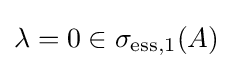
\lambda =0\in \sigma _{\mathrm {ess} ,1}(A)